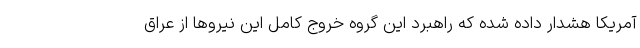
آمریکا هشدار داده شده که راهبرد این گروه خروج کامل این نیروها از عراق